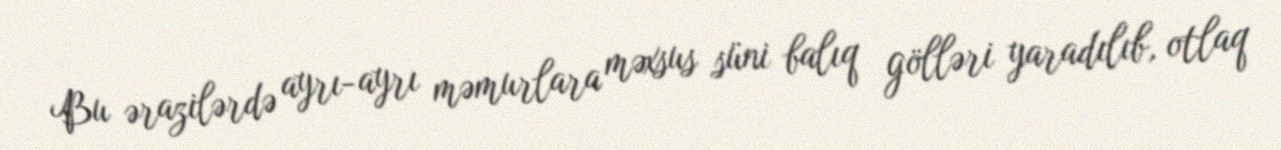
Bu ərazilərdə ayrı-ayrı məmurlara məxsus süni balıq gölləri yaradılıb, otlaq